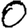
Digit: 0